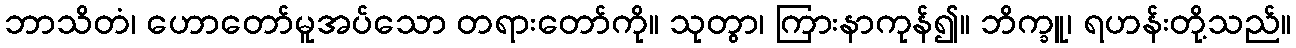
ဘာသိတံ၊ ဟောတော်မူအပ်သော တရားတော်ကို။ သုတွာ၊ ကြားနာကုန်၍။ ဘိက္ခူ၊ ရဟန်းတို့သည်။